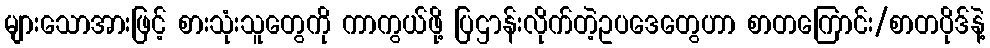
များသောအားဖြင့် စားသုံးသူတွေကို ကာကွယ်ဖို့ ပြဌာန်းလိုက်တဲ့ဥပဒေတွေဟာ စာတကြောင်း/စာတပိုဒ်နဲ့